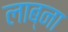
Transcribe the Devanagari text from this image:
लाब्ना